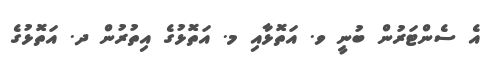
އެ ސެންޓަރުން ބުނީ ވ. އަތޮޅާއި މ. އަތޮޅުގެ އިތުރުން ދ. އަތޮޅުގެ